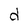
Character: d